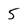
Character: 5